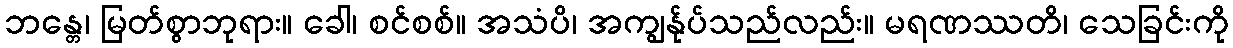
ဘန္တေ၊ မြတ်စွာဘုရား။ ခေါ၊ စင်စစ်။ အသံပိ၊ အကျွန်ုပ်သည်လည်း။ မရဏဿတိ၊ သေခြင်းကို